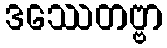
ဒဿေတဗ္ဗာ